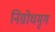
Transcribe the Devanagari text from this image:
निग्रोधमृग